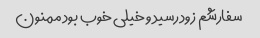
سفارشم زود رسید و خیلی خوب بود ممنون